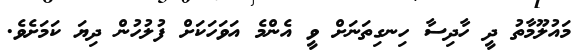
މައުލޫމާތު ދީ ހާދިސާ ހިނގިތަނަށް ވީ އެންމެ އަވަހަކަށް ފުލުހުން ދިޔަ ކަމަށެވެ.